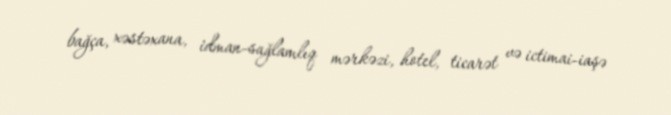
bağça, xəstəxana, idman-sağlamlıq mərkəzi, hotel, ticarət və ictimai-iaşə